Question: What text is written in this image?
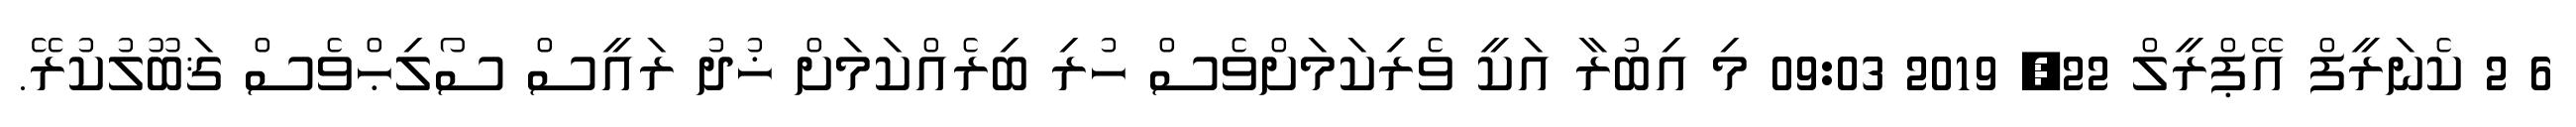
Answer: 6 2 ކެނަރީފް އޭޕްރީލް 22, 2019 09:03 މި އިބުރާ އަކީ ވެރިކަމަށްވެސް ހުރި ބިރެއްކަމަށް ޚުދު ރައީސް ސޯލިޙްވެސް ޤަބޫލުކުރޭ.